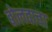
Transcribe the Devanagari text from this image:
बोलवावा